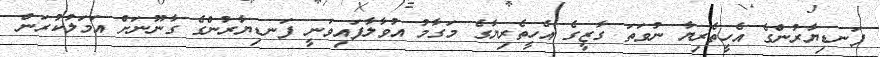
ފަނޑިޔާރުންގެ އެހީތެރިޔާ ނުވަތަ ގާޒީގެ އެހީތެރިޔާގެ މަގާމު އުވާލާފައިވަނީ ފަނޑިޔާރުންގެ ގާނޫނަށް އަމަލުކުރަން